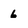
Character: 6